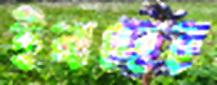
ইনছের